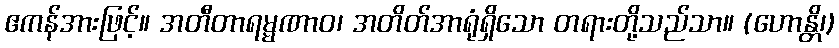
ဧကန်အားဖြင့်။ အတီတာရမ္မဏာဝ၊ အတိတ်အာရုံရှိသော တရားတို့သည်သာ။ (ဟောန္တိ၊)